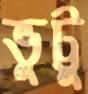
ভুট্টু